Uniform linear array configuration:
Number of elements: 16
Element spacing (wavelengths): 0.75
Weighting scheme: uniform
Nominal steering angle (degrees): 0
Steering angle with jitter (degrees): -0.4718
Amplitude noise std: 0.05
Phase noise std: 0.05

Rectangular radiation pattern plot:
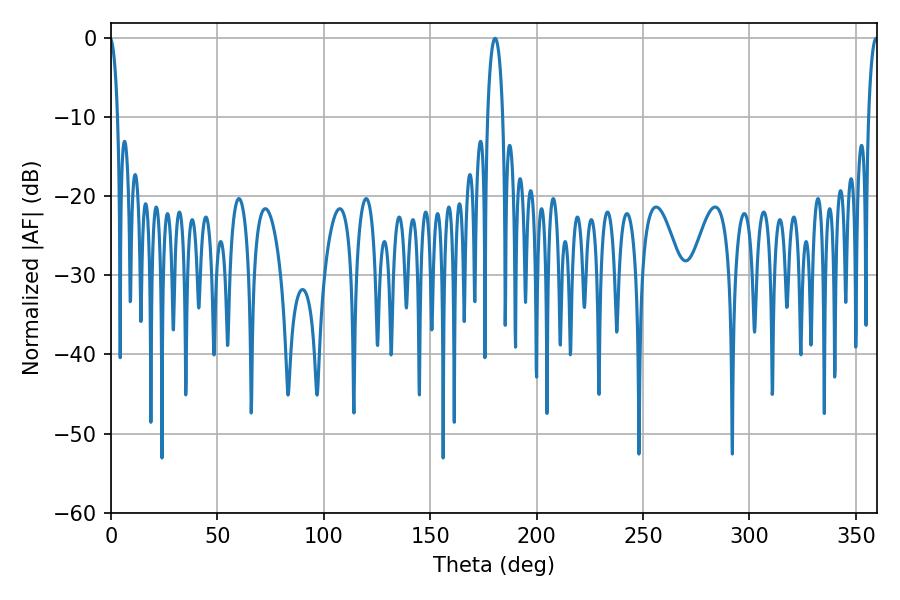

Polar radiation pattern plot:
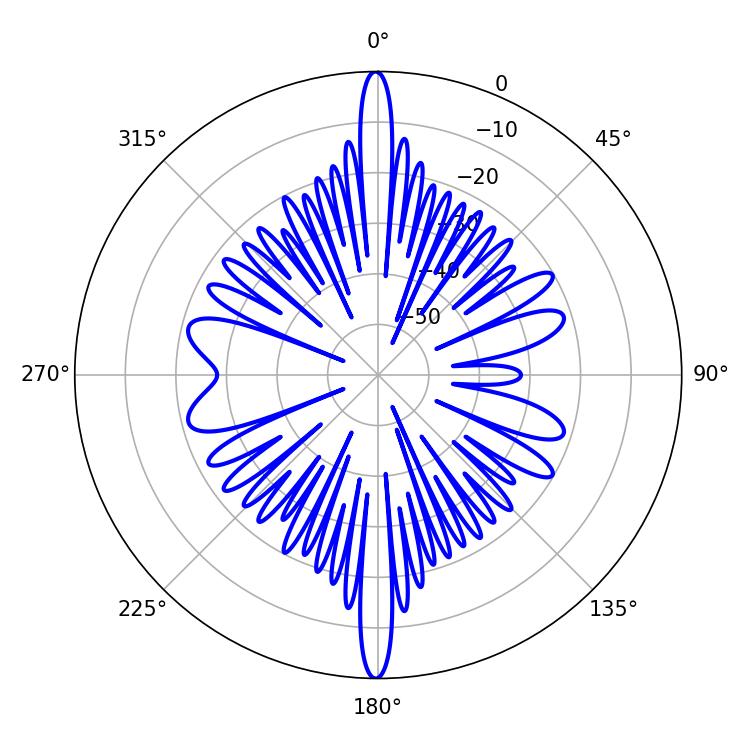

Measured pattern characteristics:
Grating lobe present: TRUE
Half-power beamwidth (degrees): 2.52
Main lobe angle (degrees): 359.46